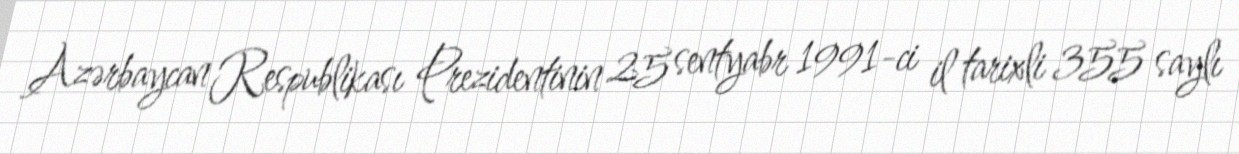
Azərbaycan Respublikası Prezidentinin 25 sentyabr 1991-ci il tarixli 355 saylı